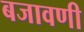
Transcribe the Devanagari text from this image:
बजावणी